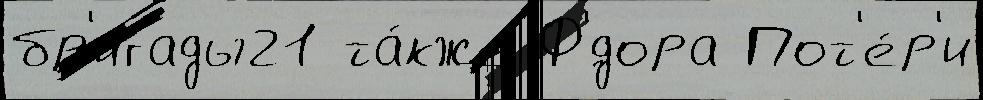
бр'игады21 та́кже Ф'́дора Пот'е́р'и